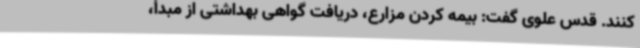
کنند. قدس علوی گفت: بیمه کردن مزارع، دریافت گواهی بهداشتی از مبدأ،